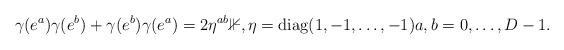
LaTeX: \begin{align*} \gamma(e^{a}) \gamma(e^{b}) + \gamma(e^{b}) \gamma(e^{a}) = 2 \eta^{ab} \mathbb{1}, \eta = \mathrm{diag} (1,-1,\dots, -1) a,b = 0, \dots, D-1. \end{align*}